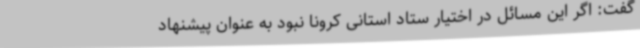
گفت: اگر این مسائل در اختیار ستاد استانی کرونا نبود به عنوان پیشنهاد